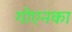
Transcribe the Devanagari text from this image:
गोएनका